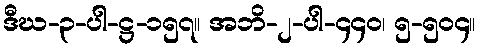
ဒီဃ-၃-ပါ-ဋ္ဌ-၁၅၇။ အဘိ-၂-ပါ-၄၄၀၊ ၅-၅၀၄။